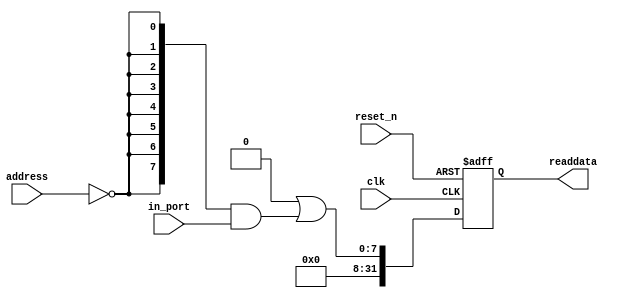
//Legal Notice: (C)2017 Altera Corporation. All rights reserved.  Your
//use of Altera Corporation's design tools, logic functions and other
//software and tools, and its AMPP partner logic functions, and any
//output files any of the foregoing (including device programming or
//simulation files), and any associated documentation or information are
//expressly subject to the terms and conditions of the Altera Program
//License Subscription Agreement or other applicable license agreement,
//including, without limitation, that your use is for the sole purpose
//of programming logic devices manufactured by Altera and sold by Altera
//or its authorized distributors.  Please refer to the applicable
//agreement for further details.

// synthesis translate_off
`timescale 1ns / 1ps
// synthesis translate_on

// turn off superfluous verilog processor warnings 
// altera message_level Level1 
// altera message_off 10034 10035 10036 10037 10230 10240 10030 

module first_nios2_system_dataIn (
                                   // inputs:
                                    address,
                                    clk,
                                    in_port,
                                    reset_n,

                                   // outputs:
                                    readdata
                                 )
;

  output  [ 31: 0] readdata;
  input   [  1: 0] address;
  input            clk;
  input   [  7: 0] in_port;
  input            reset_n;


wire             clk_en;
wire    [  7: 0] data_in;
wire    [  7: 0] read_mux_out;
reg     [ 31: 0] readdata;
  assign clk_en = 1;
  //s1, which is an e_avalon_slave
  assign read_mux_out = {8 {(address == 0)}} & data_in;
  always @(posedge clk or negedge reset_n)
    begin
      if (reset_n == 0)
          readdata <= 0;
      else if (clk_en)
          readdata <= {32'b0 | read_mux_out};
    end


  assign data_in = in_port;

endmodule